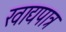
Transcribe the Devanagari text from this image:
खाद्यपात्र